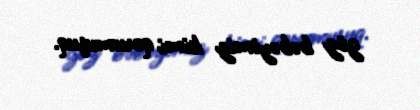
göz bəbəyimiz kimi qorumuşuq.